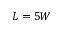
L = 5 W